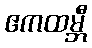
ဧကထမ္ဘီ